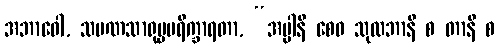
အဘာဝေါ, သမဏသာရုပ္ပပရိက္ခာရတာ, “အပ္ပါနိ စေဝ သုလဘာနိ စ တာနိ စ